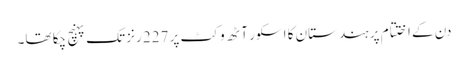
دن کے اختتام پر ہندستان کا اسکور آٹھ وکٹ پر 227 رنز تک پہنچ چکا تھا۔